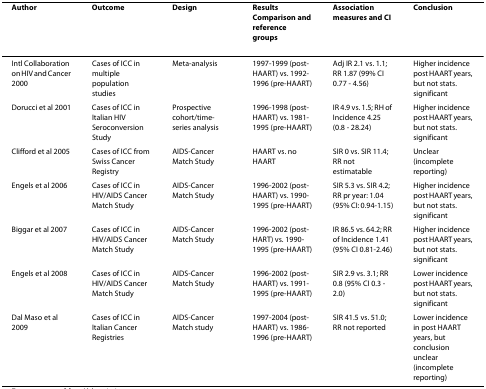
<table><thead><tr><td><b>Author</b></td><td><b>Outcome</b></td><td><b>Design</b></td><td><b>Results Comparison and reference groups</b></td><td><b>Association measures and CI</b></td><td><b>Conclusion</b></td></tr></thead><tbody><tr><td>Intl Collaboration on HIV and Cancer 2000</td><td>Cases of ICC in multiple population studies</td><td>Meta-analysis</td><td>1997-1999 (post-HAART) vs. 1992-1996 (pre-HAART)</td><td>Adj IR 2.1 vs. 1.1; RR 1.87 (99% CI 0.77 - 4.56)</td><td>Higher incidence post HAART years, but not stats. significant</td></tr><tr><td>Dorucci et al 2001</td><td>Cases of ICC in Italian HIV Seroconversion Study</td><td>Prospective cohort/time-series analysis</td><td>1996-1998 (post-HAART) vs. 1981-1995 (pre-HAART)</td><td>IR 4.9 vs. 1.5; RH of Incidence 4.25 (0.8 - 28.24)</td><td>Higher incidence post HAART years, but not stats. significant</td></tr><tr><td>Clifford et al 2005</td><td>Cases of ICC from Swiss Cancer Registry</td><td>AIDS-Cancer Match Study</td><td>HAART vs. no HAART</td><td>SIR 0 vs. SIR 11.4; RR not estimatable</td><td>Unclear (incomplete reporting)</td></tr><tr><td>Engels et al 2006</td><td>Cases of ICC in HIV/AIDS Cancer Match Study</td><td>AIDS-Cancer Match Study</td><td>1996-2002 (post-HAART) vs. 1990-1995 (pre-HAART)</td><td>SIR 5.3 vs. SIR 4.2; RR pr year: 1.04 (95% CI: 0.94-1.15)</td><td>Higher incidence post HAART years, but not stats. significant</td></tr><tr><td>Biggar et al 2007</td><td>Cases of ICC in HIV/AIDS Cancer Match Study</td><td>AIDS-Cancer Match Study</td><td>1996-2002 (post-HART) vs. 1990-1995 (pre-HAART)</td><td>IR 86.5 vs. 64.2; RR of Incidence 1.41 (95% CI 0.81-2.46)</td><td>Higher incidence post HAART years, but not stats. significant</td></tr><tr><td>Engels et al 2008</td><td>Cases of ICC in HIV/AIDS Cancer Match Study</td><td>AIDS-Cancer Match Study</td><td>1996-2002 (post-HAART) vs. 1991-1995 (pre-HAART)</td><td>SIR 2.9 vs. 3.1; RR 0.8 (95% CI 0.3 - 2.0)</td><td>Lower incidence post HAART years, but not stats. significant</td></tr><tr><td>Dal Maso et al 2009</td><td>Cases of ICC in Italian Cancer Registries</td><td>AIDS-Cancer Match study</td><td>1997-2004 (post-HAART) vs. 1986-1996 (pre-HAART)</td><td>SIR 41.5 vs. 51.0; RR not reported</td><td>Lower incidence in post HAART years, but conclusion unclear (incomplete reporting)</td></tr></tbody></table>